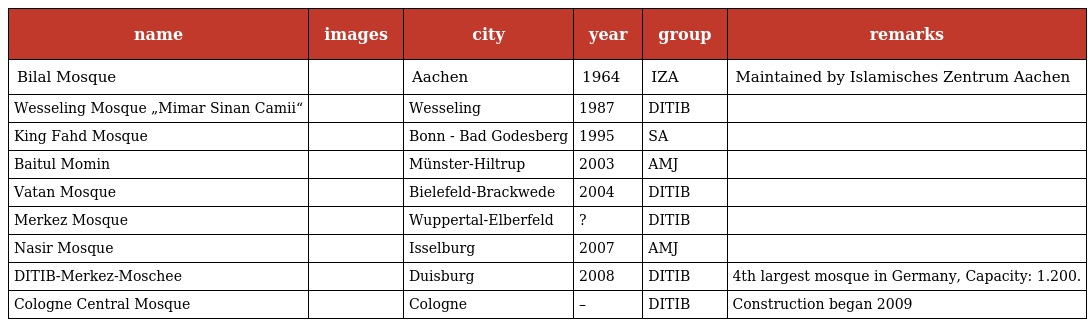
| name | images | city | year | group | remarks |
 | --- | --- | --- | --- | --- | --- |
 | Bilal Mosque |  | Aachen | 1964 | IZA | Maintained by Islamisches Zentrum Aachen |
 | Wesseling Mosque „Mimar Sinan Camii“ |  | Wesseling | 1987 | DITIB |  |
 | King Fahd Mosque |  | Bonn - Bad Godesberg | 1995 | SA |  |
 | Baitul Momin |  | Münster-Hiltrup | 2003 | AMJ |  |
 | Vatan Mosque |  | Bielefeld-Brackwede | 2004 | DITIB |  |
 | Merkez Mosque |  | Wuppertal-Elberfeld | ? | DITIB |  |
 | Nasir Mosque |  | Isselburg | 2007 | AMJ |  |
 | DITIB-Merkez-Moschee |  | Duisburg | 2008 | DITIB | 4th largest mosque in Germany, Capacity: 1.200. |
 | Cologne Central Mosque |  | Cologne | – | DITIB | Construction began 2009 |